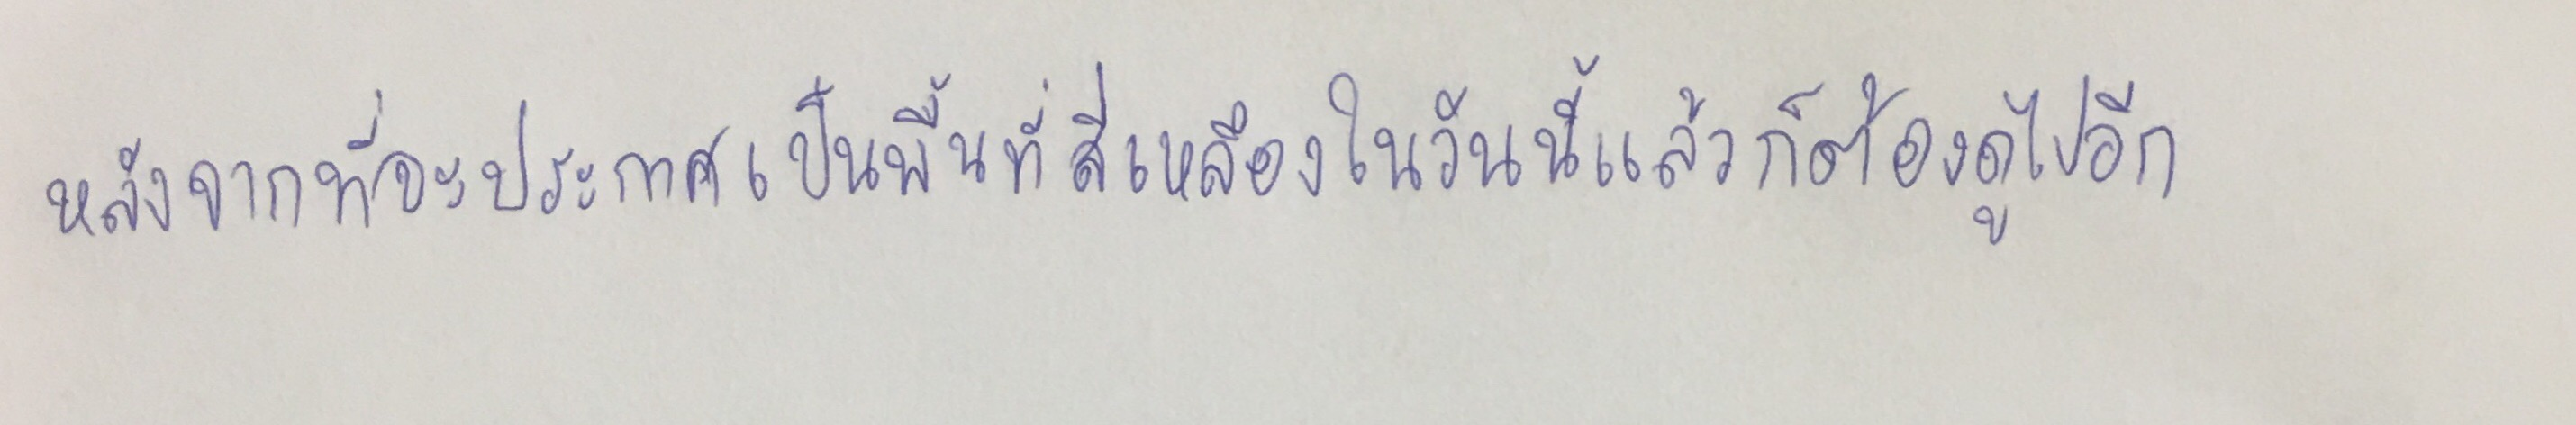
หลังจากที่จะประกาศเป็นพื้นที่สีเหลืองในวันนี้แล้วก็ต้องดูไปอีก